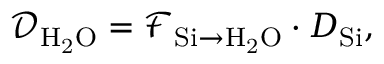
\mathcal { D } _ { \mathrm { { H _ { 2 } O } } } = \mathcal { F } _ { \mathrm { { S i } \rightarrow \mathrm { { H _ { 2 } O } } } } \cdot D _ { \mathrm { { S i } } } ,